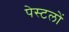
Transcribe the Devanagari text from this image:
पेस्टलों